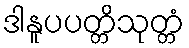
ဒါနူပပတ္တိသုတ္တံ